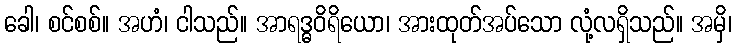
ခေါ၊ စင်စစ်။ အဟံ၊ ငါသည်။ အာရဒ္ဓဝိရိယော၊ အားထုတ်အပ်သော လုံ့လရှိသည်။ အမှိ၊